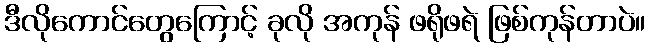
ဒီလိုကောင်တွေကြောင့် ခုလို အကုန် ဖရိုဖရဲ ဖြစ်ကုန်တာပဲ။